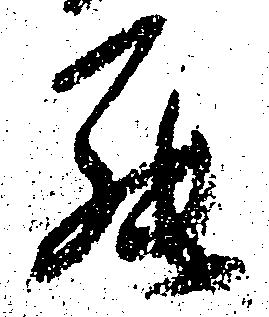
罷